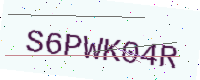
Text: S6PWK04R